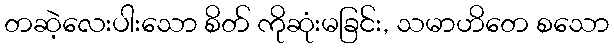
တဆဲ့လေးပါးသော စိတ် ကိုဆုံးမခြင်း, သမာဟိတေ စသော